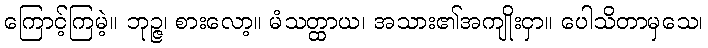
ကြောင့်ကြမဲ့။ ဘုဉ္ဇ၊ စားလော့။ မံသတ္ထာယ၊ အသား၏အကျိုးငှာ။ ပေါသိတာမှသေ၊